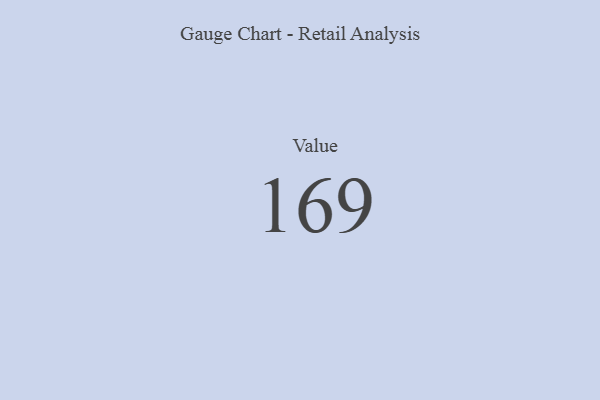
{"axis": {"x": "Metric", "y": "Value"}, "legend": [""], "data": [{"x": "Value", "y": 169, "type": ""}]}